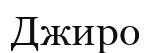
Джиро